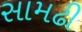
સામઢી